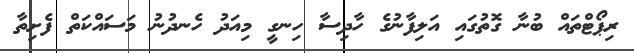
ރިޕޯޓްތައް ބުނާ ގޮތުގައި އަލިފާނުގެ ހާދިސާ ހިނގީ މިއަދު ހެނދުނު މަސައްކަތް ފެށިތާ